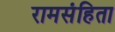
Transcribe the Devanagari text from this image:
रामसंहिता